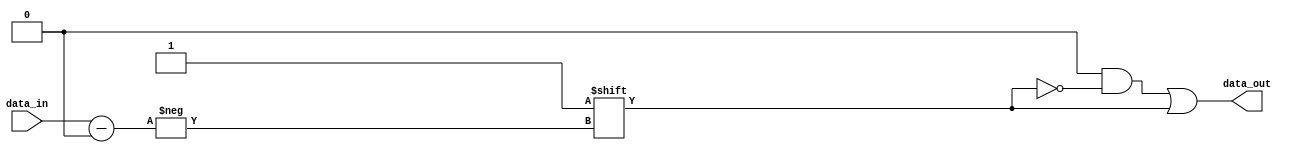
module decoder5_32(
	input [4:0] data_in,
	output reg [31:0] data_out
);
	
	always @(*)
	begin
		 data_out = 32'b0;
		 data_out[data_in] = 1;
	end

endmodule